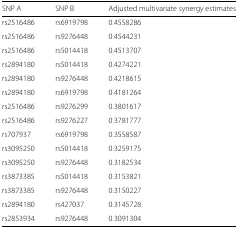
<table><thead><tr><td><b>SNP A</b></td><td><b>SNP B</b></td><td><b>Adjusted multivariate synergy estimates</b></td></tr></thead><tbody><tr><td>rs2516486</td><td>rs6919798</td><td>0.4558286</td></tr><tr><td>rs2516486</td><td>rs9276448</td><td>0.4544231</td></tr><tr><td>rs2516486</td><td>rs5014418</td><td>0.4513707</td></tr><tr><td>rs2894180</td><td>rs5014418</td><td>0.4274221</td></tr><tr><td>rs2894180</td><td>rs9276448</td><td>0.4218615</td></tr><tr><td>rs2894180</td><td>rs6919798</td><td>0.4181264</td></tr><tr><td>rs2516486</td><td>rs9276299</td><td>0.3801617</td></tr><tr><td>rs2516486</td><td>rs9276227</td><td>0.3781777</td></tr><tr><td>rs707937</td><td>rs6919798</td><td>0.3558587</td></tr><tr><td>rs3095250</td><td>rs5014418</td><td>0.3259175</td></tr><tr><td>rs3095250</td><td>rs9276448</td><td>0.3182534</td></tr><tr><td>rs3873385</td><td>rs5014418</td><td>0.3153821</td></tr><tr><td>rs3873385</td><td>rs9276448</td><td>0.3150227</td></tr><tr><td>rs2894180</td><td>rs427037</td><td>0.3145728</td></tr><tr><td>rs2853934</td><td>rs9276448</td><td>0.3091304</td></tr></tbody></table>